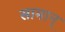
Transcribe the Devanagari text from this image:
सामान्